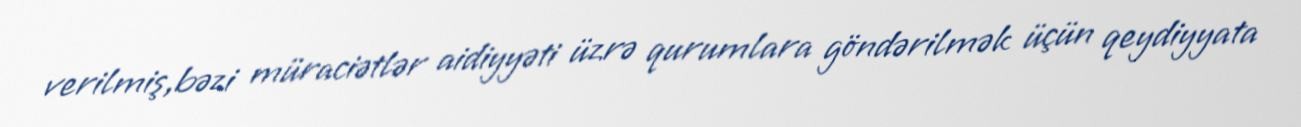
verilmiş,bəzi müraciətlər aidiyyəti üzrə qurumlara göndərilmək üçün qeydiyyata